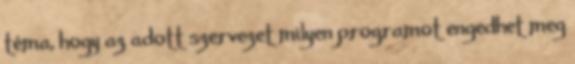
téma, hogy az adott szervezet milyen programot engedhet meg